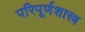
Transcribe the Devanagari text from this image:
परिपूर्णशास्त्र